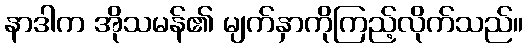
နာဒါက အိုသမန်၏ မျက်နှာကိုကြည့်လိုက်သည်။